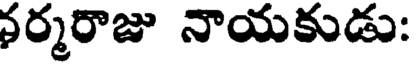
నర్మరాజు నాయకుడు: